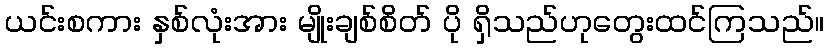
ယင်းစကား နှစ်လုံးအား မျိုးချစ်စိတ် ပို ရှိသည်ဟုတွေးထင်ကြသည်။